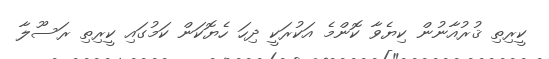
ކީރިތި ޤުރުއާނުން ކިޔެވާ ކޮންމެ އަކުރަކީ ދިހަ ހެޔޮކަން ކަމުގައި ކީރިތި ރަސޫލާ